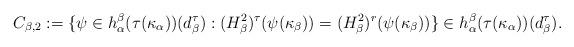
LaTeX: \begin{align*}C_{\beta,2}:=\{\psi \in h_\alpha^\beta(\tau(\kappa_\alpha))(d_\beta^\tau): (H_\beta^2)^\tau(\psi(\kappa_\beta))=(H_\beta^2)^r(\psi (\kappa_\beta)) \} \in h_\alpha^\beta(\tau(\kappa_\alpha))(d_\beta^\tau). \end{align*}